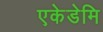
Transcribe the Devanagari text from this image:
एकेडेमि